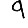
Digit: 9